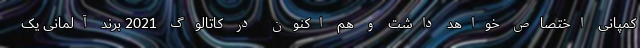
کمپانی اختصاص خواهد داشت و هم اکنون در کاتالوگ 2021 برند آلمانی یک